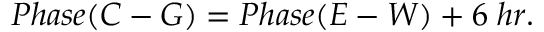
P h a s e ( C - G ) = P h a s e ( E - W ) + 6 \; h r .